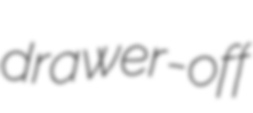
drawer-off